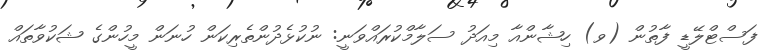
ފަސްޓްލޭޑީ ފާތުން (ވ) ހިޝާންއާ މިއަދު ސަލާމްކުރައްވަނީ: ނުކުޅެދުންތެރިކަން ހުނަން މީހުންގެ ޝަކުވާތައް